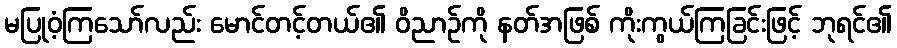
မပြုဝံ့ကြသော်လည်း မောင်တင့်တယ်၏ ဝိညာဉ်ကို နတ်အဖြစ် ကိုးကွယ်ကြခြင်းဖြင့် ဘုရင်၏